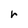
Character: r